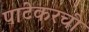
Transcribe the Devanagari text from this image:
पाटेकरची